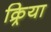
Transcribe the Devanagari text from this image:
क्र्रिया